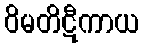
ဝိမတိဋီကာယ